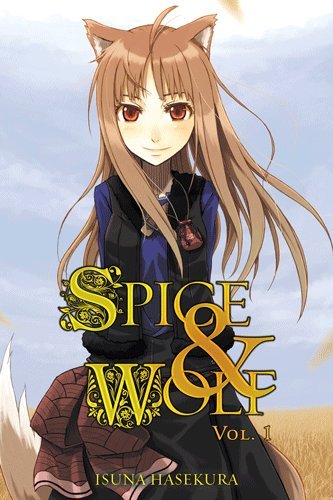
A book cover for Spice and Wolf, Vol. 1; Isuna Hasekura; Comics & Graphic Novels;